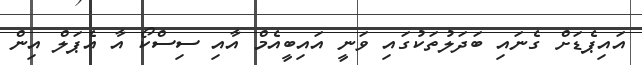
އައިޕެޑަށް ގެނައި ބަދަލުތަކުގައި ވަނީ އައިބީއެމް އާއި ސިސްކޯ އާ އެޕަލް އިން